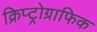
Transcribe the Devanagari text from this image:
क्रिप्ट्रोग्राफिक